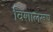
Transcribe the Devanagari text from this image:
विशालरूप